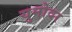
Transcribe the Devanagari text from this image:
युनोवर